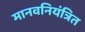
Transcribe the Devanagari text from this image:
मानवनियंत्रित